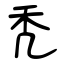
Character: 秃